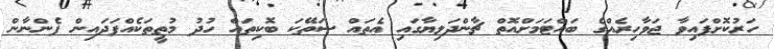
ހަރުކޮށްފައިވާ ޖަވާހިރެއްގެ ބައްޓަމަށްއޮތް ޗާންދަލިޔާގައި އެތައް ސަތޭކަ ބޮކިތައް ހުދު މުތީތަކެއްފަދައިން ފެންނާން